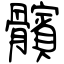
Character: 髕